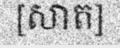
[សាត]